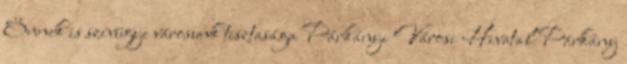
Önnek is szívügye városunk tisztasága Párkányi Városi Hivatal Párkány